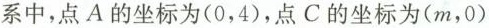
系中，点A的坐标为(0，4)，点C的坐标为(m，0)